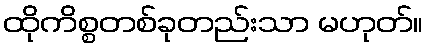
ထိုကိစ္စတစ်ခုတည်းသာ မဟုတ်။